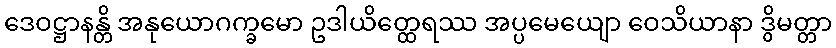
ဒေဝဋ္ဌာနန္တိ အနုယောဂက္ခမော ဥဒါယိတ္ထေရဿ အပ္ပမေယျော ဝေသိယာနာ ဒွိမတ္တာ